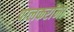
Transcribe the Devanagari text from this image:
पालकरांना